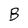
Character: B